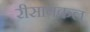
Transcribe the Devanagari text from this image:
रीसायकल